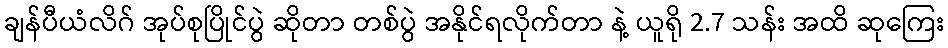
ချန်ပီယံလိဂ် အုပ်စုပြိုင်ပွဲ ဆိုတာ တစ်ပွဲ အနိုင်ရလိုက်တာ နဲ့ ယူရို 2.7 သန်း အထိ ဆုကြေး